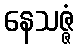
နေသဇ္ဇံ